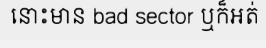
នោះមាន bad sector ឬក៏អត់